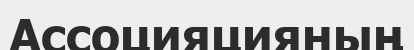
Ассоцияцияның